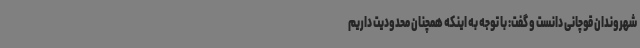
شهروندان قوچانی دانست و گفت: با توجه به اینکه همچنان محدودیت داریم